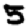
Digit: 5